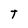
Character: T